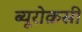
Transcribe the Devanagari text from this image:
ब्यूरोक्रसी